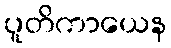
ပူတိကာယေန